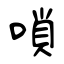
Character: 嗩